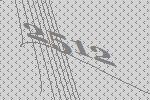
2512